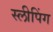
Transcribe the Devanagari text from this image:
स्‍लीपिंग